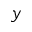
y